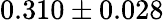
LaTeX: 0.310\pm 0.028